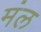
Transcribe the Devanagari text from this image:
मंल